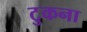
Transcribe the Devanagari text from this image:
टुकना